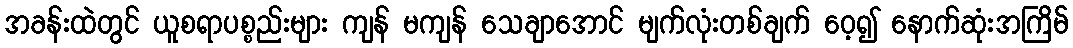
အခန်းထဲတွင် ယူစရာပစ္စည်းများ ကျန် မကျန် သေချာအောင် မျက်လုံးတစ်ချက် ဝေ့၍ နောက်ဆုံးအကြိမ်